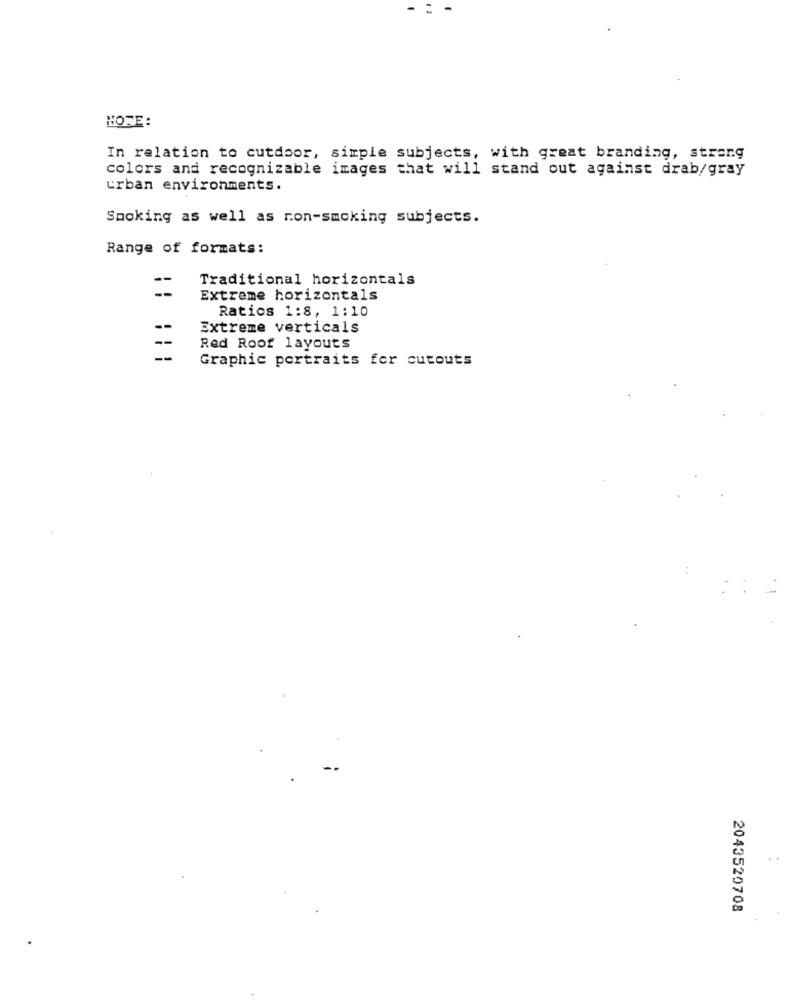
- - -
HOTE:
In relation to cutdoor, simple subjects, with great branding, streng
colors and recognizable images that will stand out against drab/gray
urban environments.
Smoking as well as ron-smoking subjects.
Range of formats:
- -
Traditional horizontals
Extreme horizontals
Ratios 1:8, 1:10
--
Extreme verticals
--
Red Roof layouts
--
Graphic portraits fer cutouts
2043520708